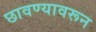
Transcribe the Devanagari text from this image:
छावण्यावरून